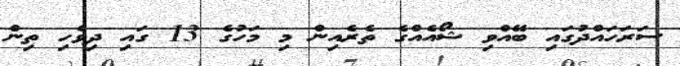
ސަރަހައްދުގައި ބޭއްވި ޝޯއެއްގެ ތެރެއިން މި މަހުގެ 13 ގައި ދިވެހި ތިން